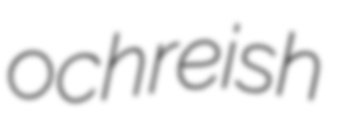
ochreish